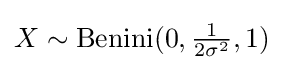
X\sim \operatorname {Benini} (0,{\tfrac {1}{2\sigma ^{2}}},1)